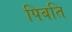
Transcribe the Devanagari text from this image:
पिबति